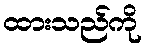
ထားသည်ကို